Indian journal of veterinary science and animal husbandry - Volume 8,
Year: 1938
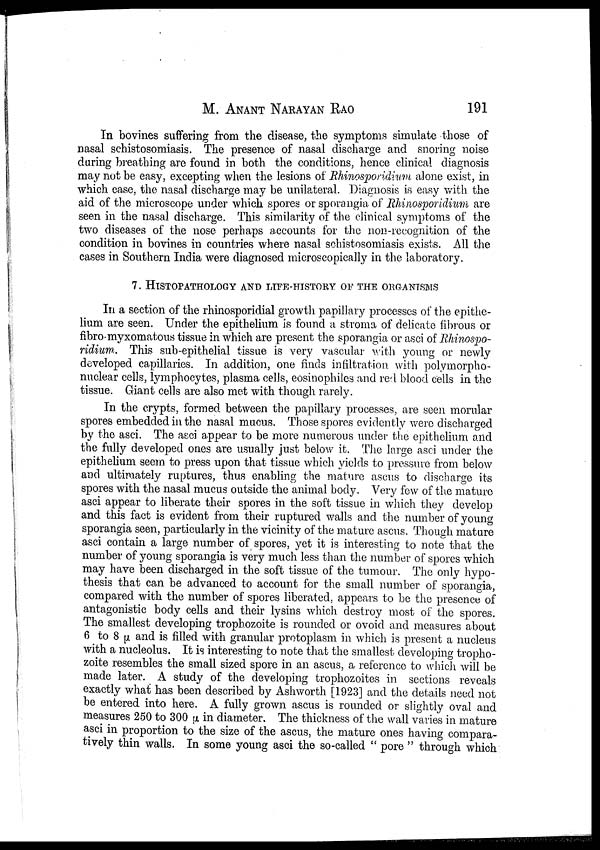
M.
ANANT
NARAYAN
RAO
191
In bovines suffering from the disease, the symptoms simulate those of
nasal schistosomiasis. The presence of nasal discharge and snoring noise
during breathing are found in both the conditions, hence clinical diagnosis
may not be easy, excepting when the lesions of Rhinosporidium alone exist, in
which case, the nasal discharge may be unilateral. Diagnosis is easy with the
aid of the microscope under which spores or sporangia of Rhinosporidium are
seen in the nasal discharge. This similarity of the clinical symptoms of the
two diseases of the nose perhaps accounts for the non-recognition of the
condition in bovines in countries where nasal schistosomiasis exists. All the
cases in Southern India were diagnosed microscopically in the laboratory.
7. HISTOPATHOLOGY AND LIFE-HISTORY OF THE ORGANISMS
In a section of the rhinosporidial growth papillary processes of the epithe-
lium are seen. Under the epithelium is found a stroma of delicate fibrous or
fibro myxomatous tissue in which are present the sporangia or asci of Rhinospo¬
ridium. This sub-epithelial tissue is very vascular with young or newly
developed capillaries. In addition, one finds infiltration with polymorpho-
nuclear cells, lymphocytes, plasma cells, eosinophiles and red blood cells in the
tissue. Giant cells are also met with though rarely.
In the crypts, formed between the papillary processes, are seen morular
spores embedded in the nasal mucus. Those spores evidently were discharged
by the asci. The asci appear to be more numerous under the epithelium and
the fully developed ones are usually just below it. The large asci under the
epithelium seem to press upon that tissue which yields to pressure from below
and ultimately ruptures, thus enabling the mature ascus to discharge its
spores with the nasal mucus outside the animal body. Very few of the mature
asci appear to liberate their spores in the soft tissue in which they develop
and this fact is evident from their ruptured walls and the number of young
sporangia seen, particularly in the vicinity of the mature ascus. Though mature
asci contain a large number of spores, yet it is interesting to note that the
number of young sporangia is very much less than the number of spores which
may have been discharged in the soft tissue of the tumour. The only hypo-
thesis that can be advanced to account for the small number of sporangia,
compared with the number of spores liberated, appears to be the presence of
antagonistic body cells and their lysins which destroy most of the spores.
The smallest developing trophozoite is rounded or ovoid and measures about
6 to 8 µ and is filled with granular protoplasm in which is present a nucleus
with a nucleolus. It is interesting to note that the smallest developing tropho-
zoite resembles the small sized spore in an ascus, a reference to which will be
made later. A study of the developing trophozoites in sections reveals
exactly what has been described by Ashworth [1923] and the details need not
be entered into here. A fully grown ascus is rounded or slightly oval and
measures 250 to 300 µ in diameter. The thickness of the wall varies in mature
asci in proportion to the size of the ascus, the mature ones having compara-
tively thin walls. In some young asci the so-called " pore " through which